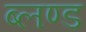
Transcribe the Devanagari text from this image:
ब्लण्ड